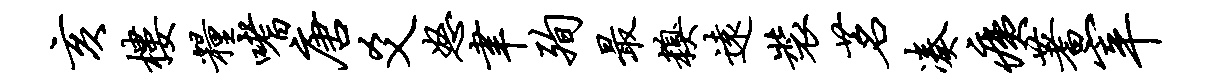
亥楼粮嗜唐爻怒聿殉最糗远装茗凑痍蓍宰